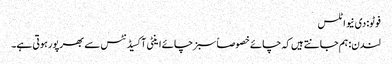
فوٹو: دی نیو اٹلس
لندن: ہم جانتے ہیں کہ چائے خصوصاً سبز چائے اینٹی آکسیڈنٹس سے بھرپور ہوتی ہے۔